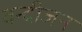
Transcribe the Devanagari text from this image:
वन्दीजन